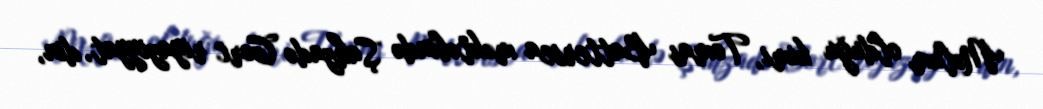
Məlum olduğu kimi, Tomas Battersea məktəbində Şahzadə Corc riyaziyyat, din,